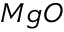
M g O